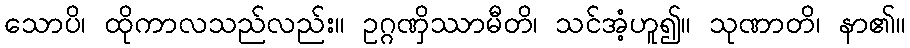
သောပိ၊ ထိုကာလသည်လည်း။ ဥဂ္ဂဏှိဿာမီတိ၊ သင်အံ့ဟူ၍။ သုဏာတိ၊ နာ၏။